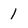
Character: 1